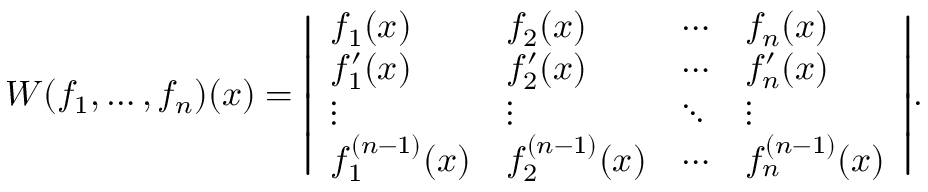
W ( f _ { 1 } , \ldots , f _ { n } ) ( x ) = { \left| \begin{array} { l l l l } { f _ { 1 } ( x ) } & { f _ { 2 } ( x ) } & { \cdots } & { f _ { n } ( x ) } \\ { f _ { 1 } ^ { \prime } ( x ) } & { f _ { 2 } ^ { \prime } ( x ) } & { \cdots } & { f _ { n } ^ { \prime } ( x ) } \\ { \vdots } & { \vdots } & { \ddots } & { \vdots } \\ { f _ { 1 } ^ { ( n - 1 ) } ( x ) } & { f _ { 2 } ^ { ( n - 1 ) } ( x ) } & { \cdots } & { f _ { n } ^ { ( n - 1 ) } ( x ) } \end{array} \right| } .